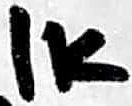
Text: 1K